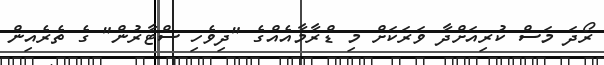
ރޯދަ މަސް ކުރިއަށްދާ ވަރަކަށް މި ޑްރާމާއެއްގެ "ދިވެހި ސްޓާރުން" ގެ ތެރެއިން